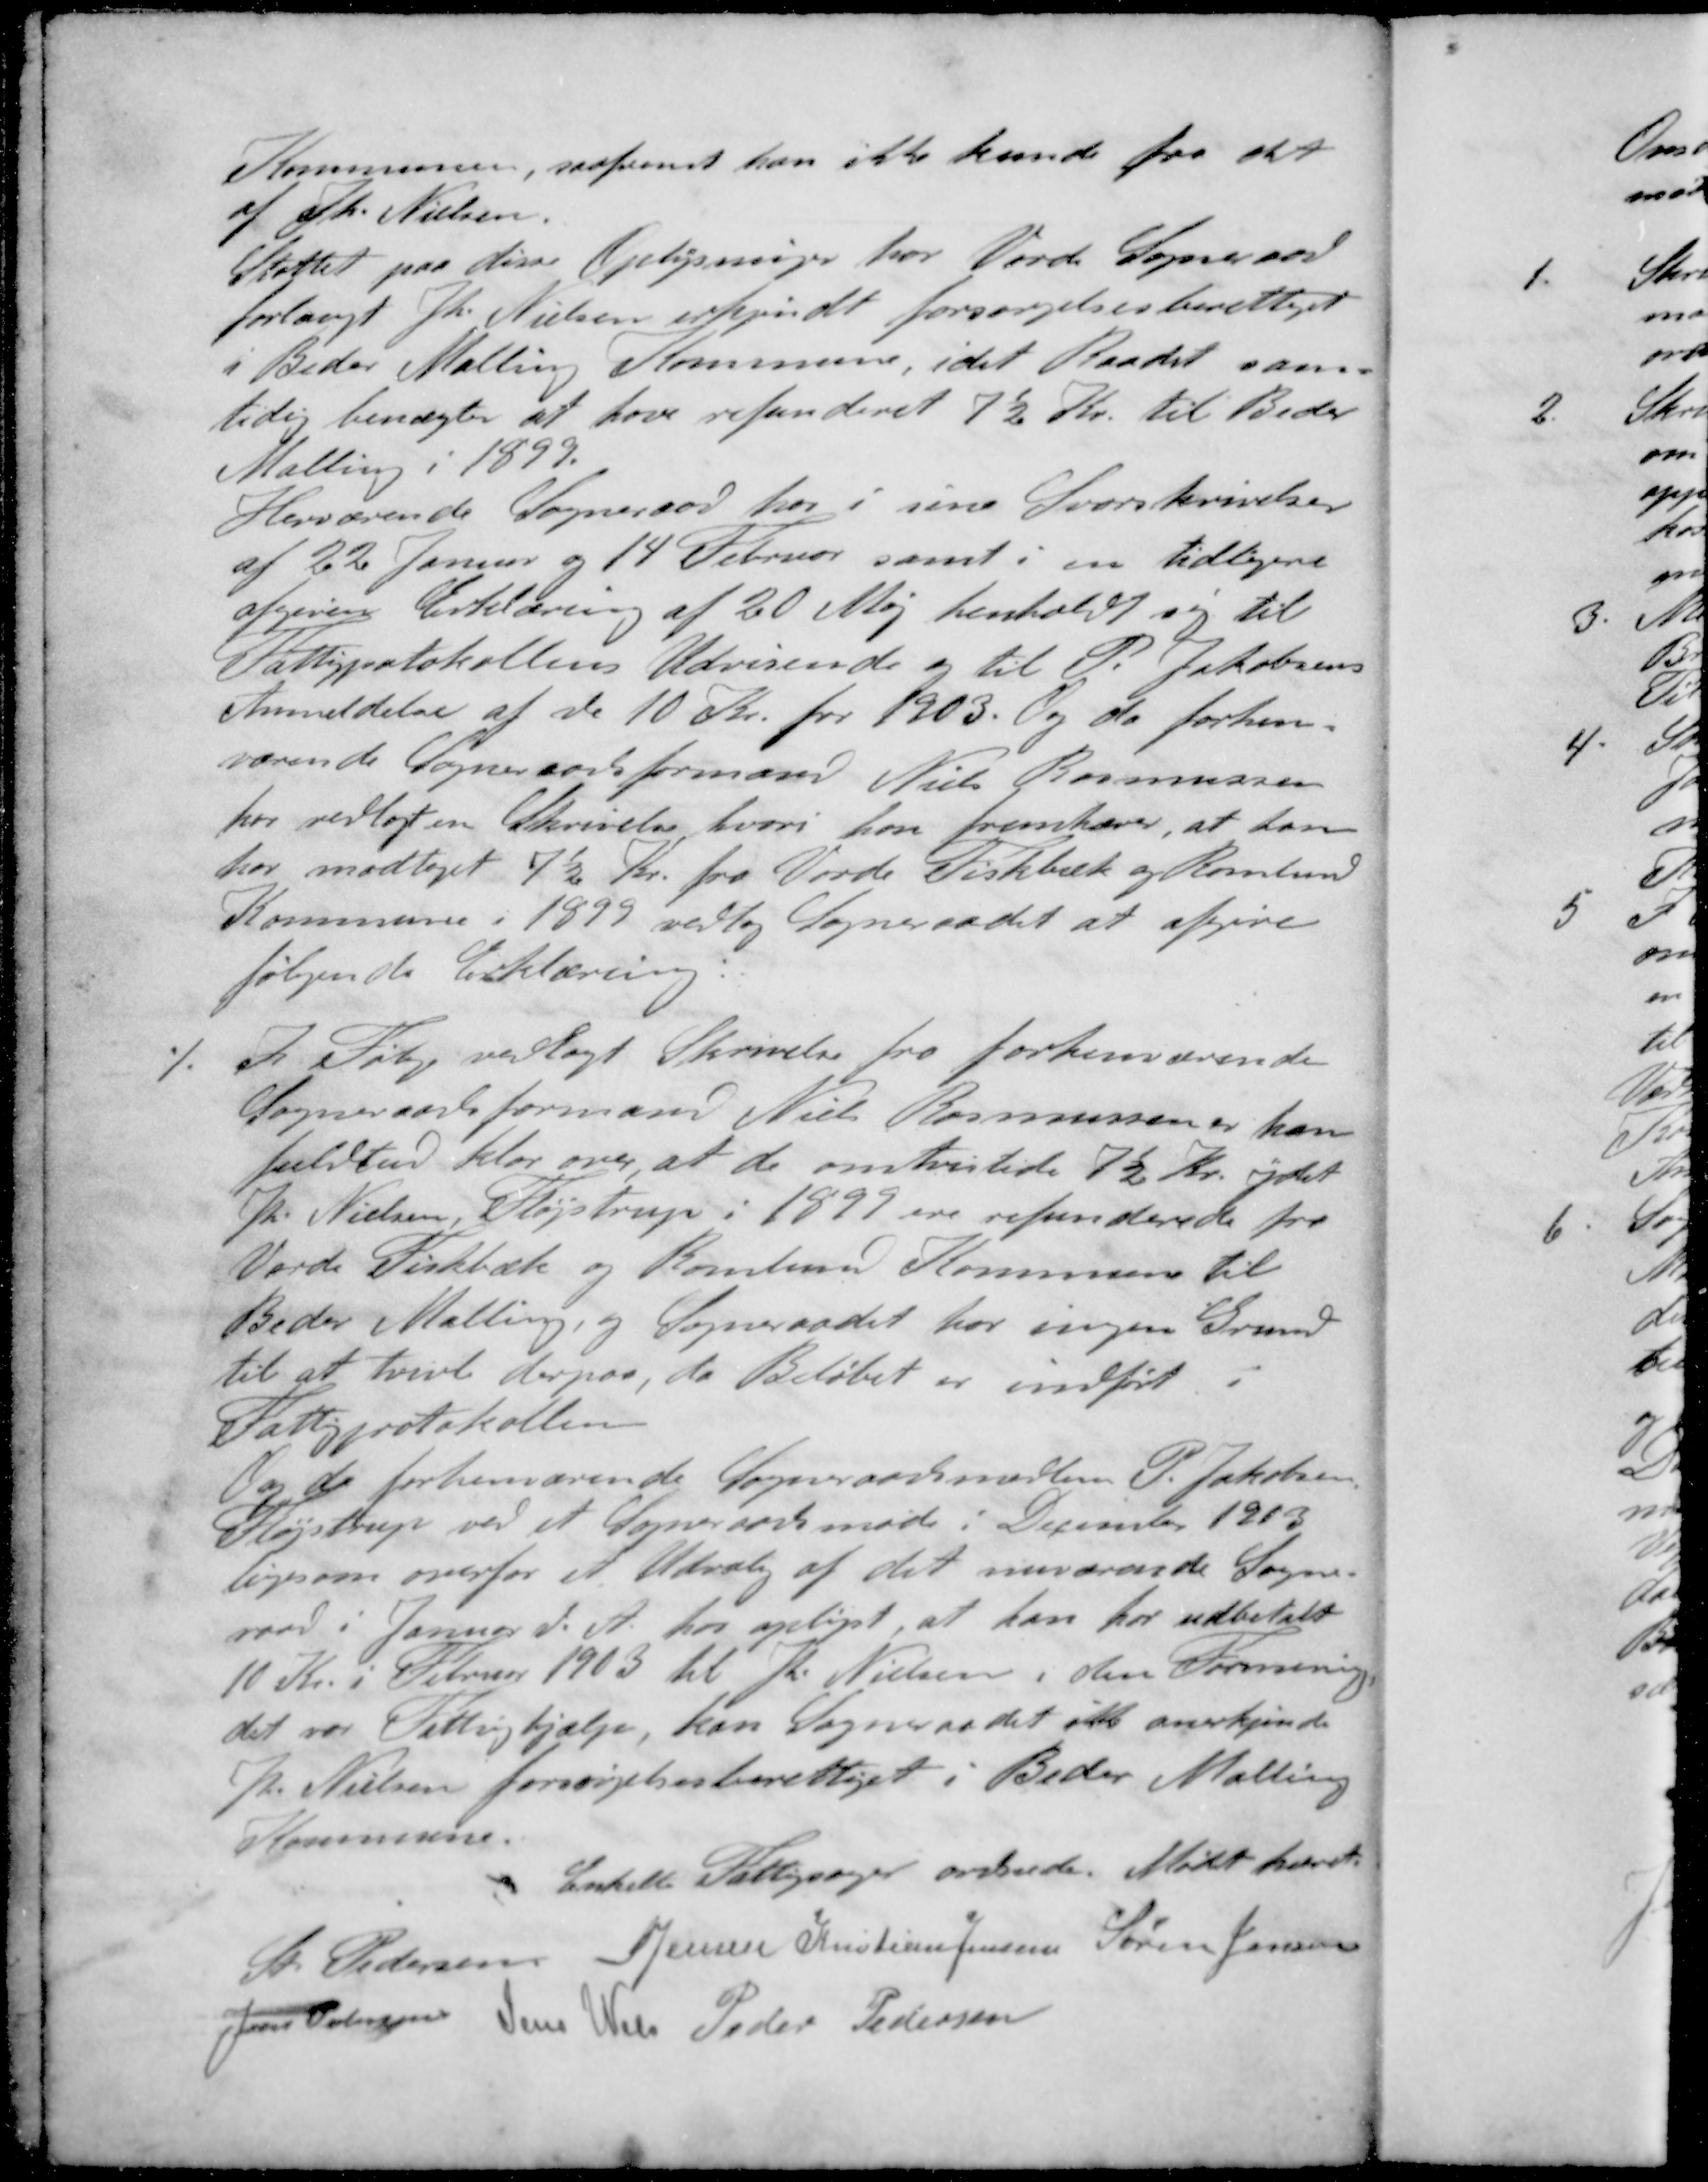
Transskription:
Kommunen, saafremt han ikke kunde faa det
af Th. Nielsen
Støttet paa disse Oplysninger har Vorde Sogneraad
forlangt Th. Nielsen erkjendt forsørgelsesberettiget
i Beder Malling Kommune, idet Raadet sam-
tidig benægter at have refunderet 7½ Kr. til Beder
Malling i 1899.
Herværende Sogneraad her i sine Svarskrivelser
af 22 Januar og 14 Februar samt i en tidligere
afgiven Erklæring af 20 Maj henholdt sig til
Fattigprotokollens Udvisende og til P. Jakobsens
Anmeldelse af de 10 Kr. for 1903. Og da forhen-
værende Sogneraadsformand Niels Rasmussen
har vedlagt en Skrivelse hvori han fremhæver, at han
har modtaget 7½ Kr. fra Vorde Fiskebæk og Romlund
Kommune i 1877 vedtog Sogneraadet at afgive
følgende Erklæring
./. I Følge vedlagt Skrivelse fra forhenværende
Sogneraadsformand Niels Rasmussen er han
fuldtud klar over at de omtvistede 7½ Kr. ydet
Th. Nielsen, Fløjstrup i 1897 ere refunderede fra
Vorde Fiskebæk og Kommune Kommune til
Beder Malling, og Sogneraadet har ingen Grund
til at tvivl derpaa, da Beløbet er indført i
Fattigprotokollen
Og da forhenværende Sogneraadsmedlem P. Jakobsen.
Fløjstrup ved et Sogneraadsmøde i December 1903
ligesom overfor et Udvalg af det nuværende Sogne-
raad i Januar d. A. har oplyst, at han har udbetalt
10 Kr. i Februar 1903 til Th. Nielsen i den Formening
det var Fattighjælp, kan Sogneraadet ikke anerkjende
Th. Nielsen forsørgelsesberettiget i Beder Malling
Kommune.
Enkelte Fattigsager ordnede. Mødet hævet
St Pedersen
S Jensen
Kristian Jensen
Søren Jensen
Jens Pedersen
JensWeis
Peder Pedersen